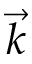
\vec { k }